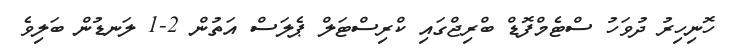
ހޮނިހިރު ދުވަހު ސްޓެމްފޮޑް ބްރިޖްގައި ކްރިސްޓަލް ޕެލަސް އަތުން 2-1 ލަނޑުން ބަލިވެ